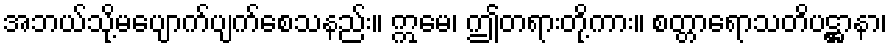
အဘယ်သို့မပျောက်ပျက်စေသနည်း။ ဣမေ၊ ဤတရားတို့ကား။ စတ္တာရောသတိပဋ္ဌာနာ၊